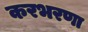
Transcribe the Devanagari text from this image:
करभरणा